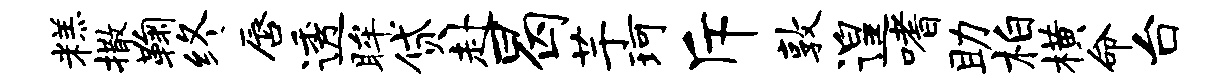
糕撒鞠终唇透眸贷赴曷芋珂斥敦遑嗜助柏横命台